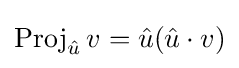
\mathrm {Proj} _{\hat {u}}\,{v}={\hat {u}}({\hat {u}}\cdot v)